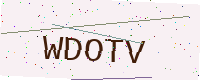
Text: WDOTV